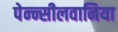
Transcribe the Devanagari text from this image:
पेन्न्सीलवानिया